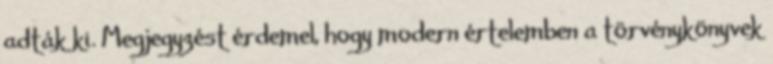
adták ki. Megjegyzést érdemel, hogy modern értelemben a törvénykönyvek